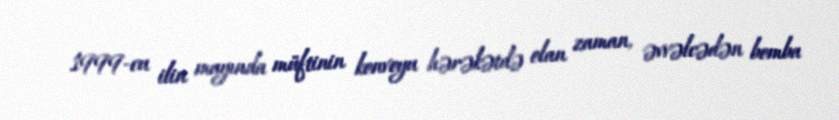
1999-cu ilin mayında müftinin konvoyu hərəkətdə olan zaman, əvvəlcədən bomba